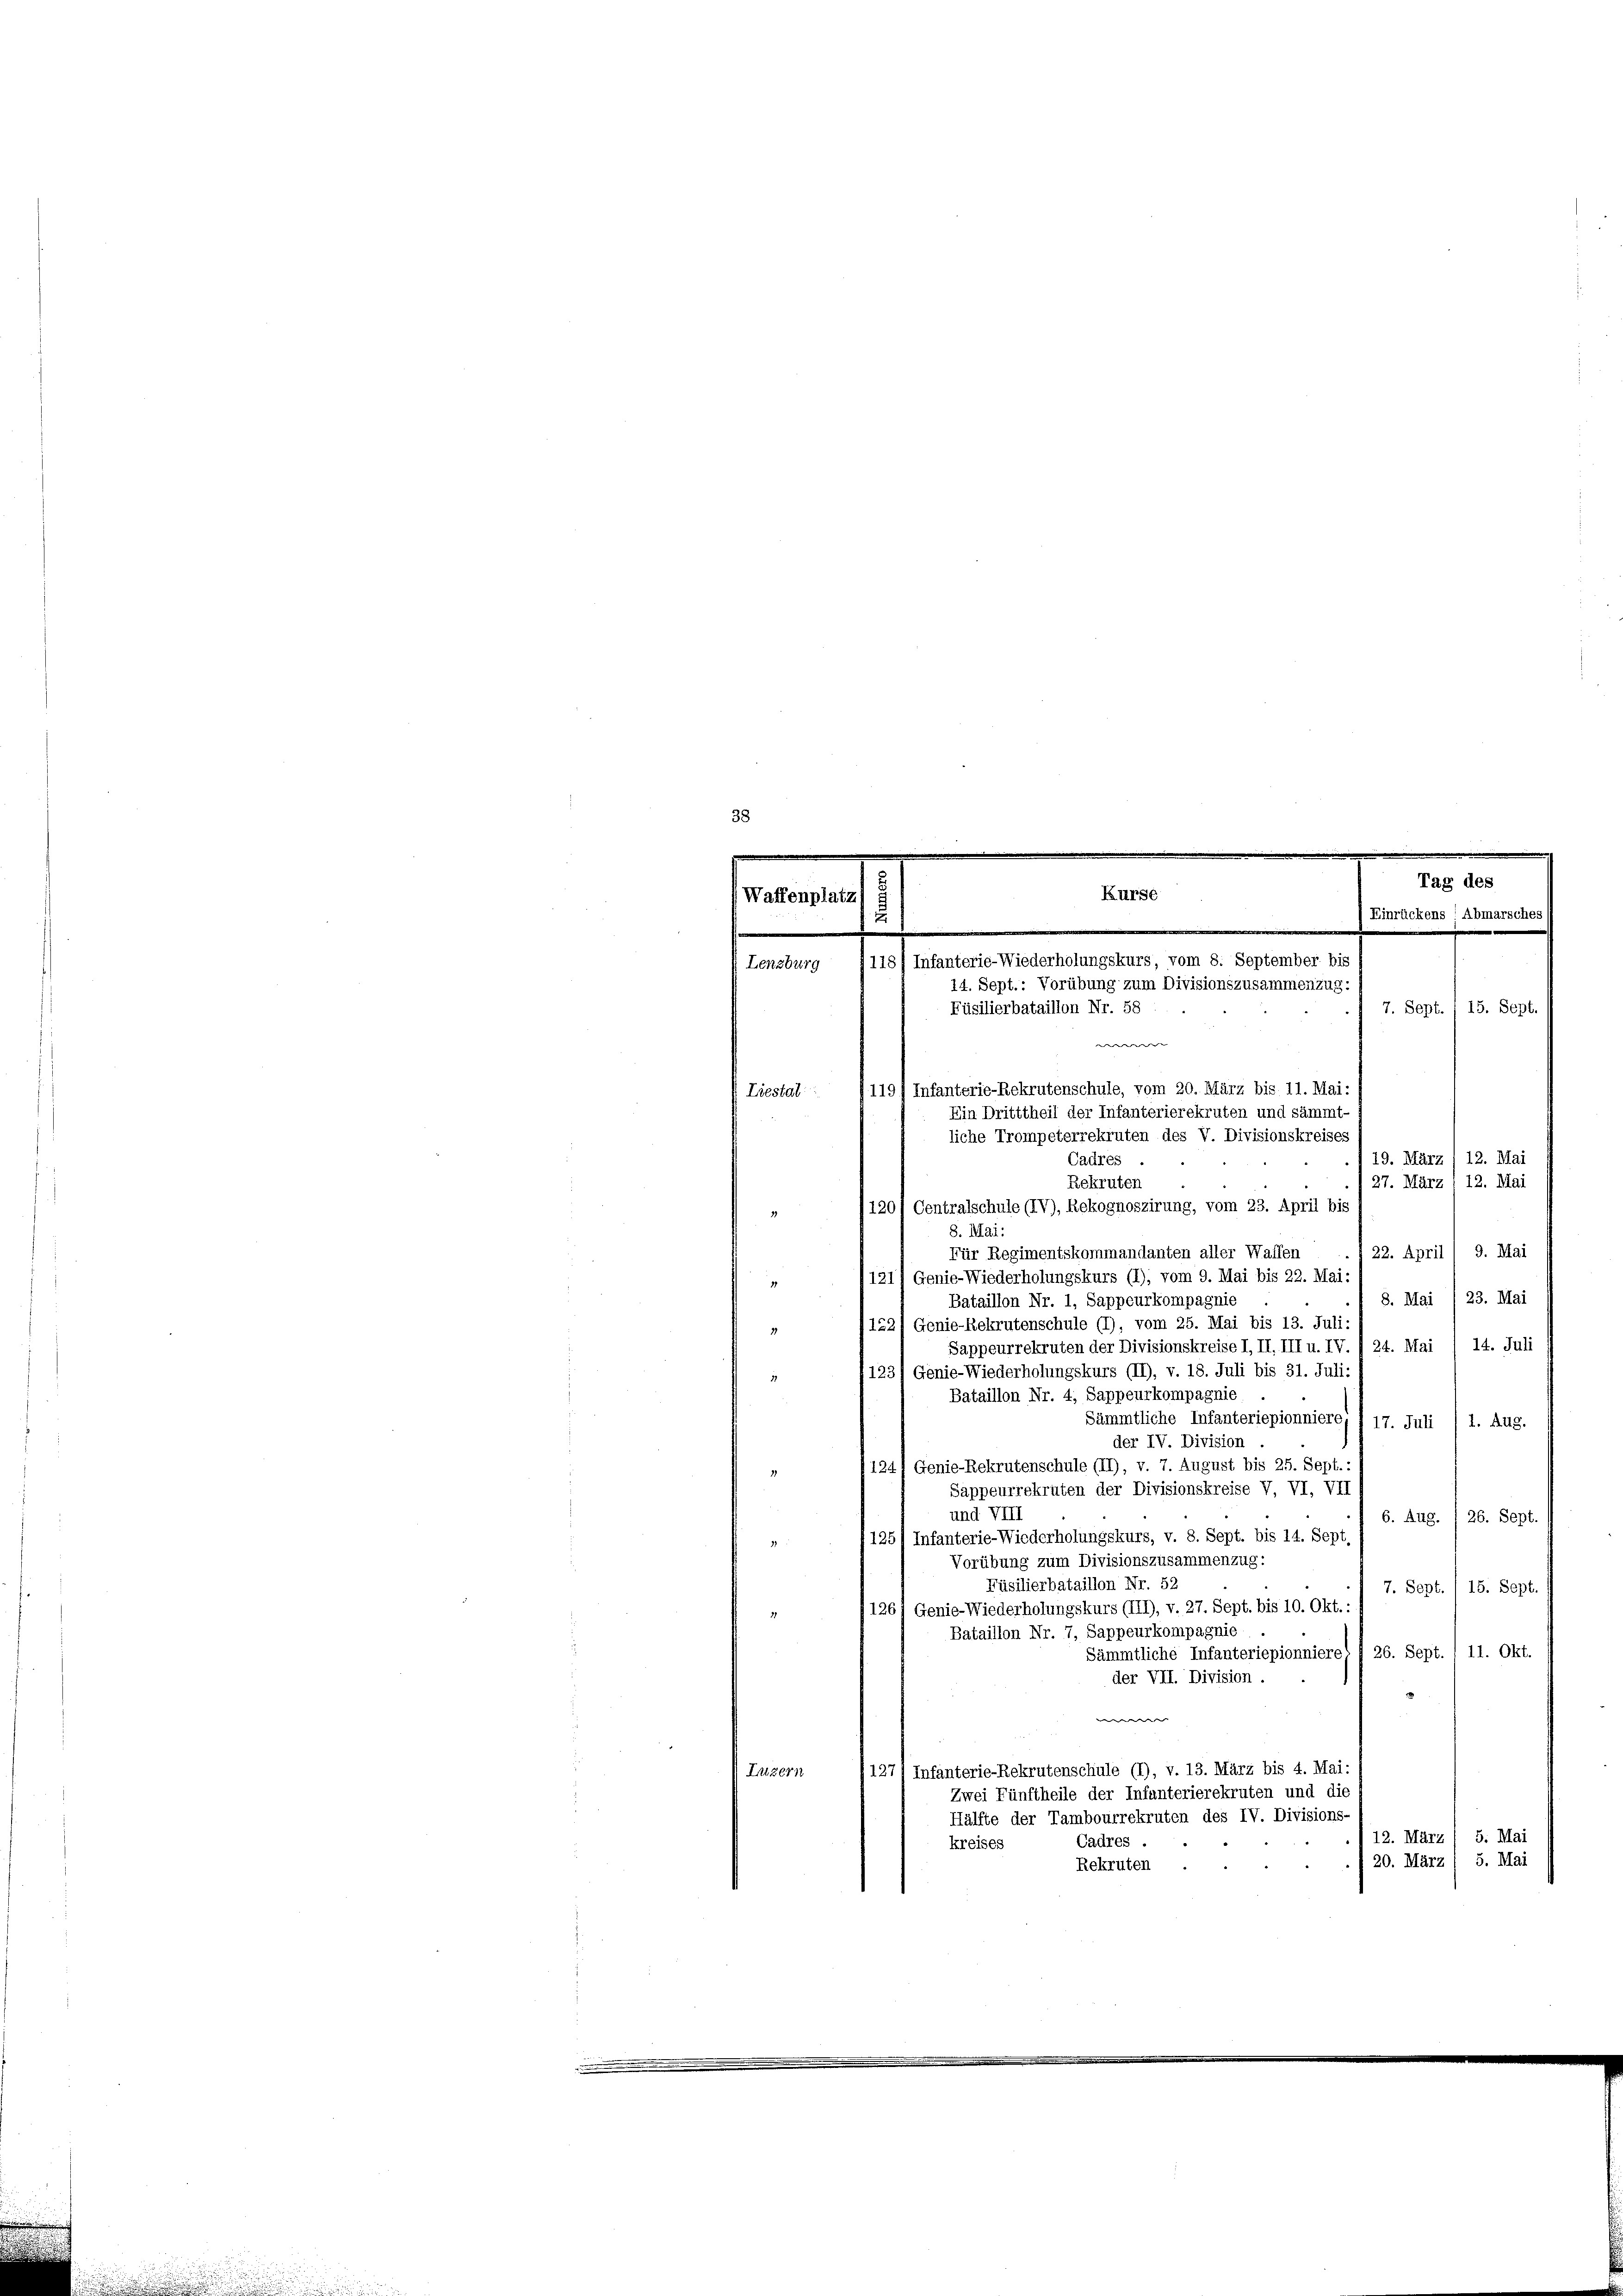
Lenzburg (118
Liestal

Waffenplatz

t
Tag des
Kurse
Einrückens! Abmarschei
u
e
Infanterie-Wiederholungskurs, vom 8. September bis
14. Sept.: Vorübung zum Divisionszusammenzug:
Füsilierbataillon Nr. 58
7. Sept. / 15. Sept

we- |
19. März /12. Mai
Rekruten
27. März : 12. Mai
120/ Centralschule (IV), Rekognoszirung, vom 23. April bis
8. Mai:
22. April ( 9. Mai
Für Regimentskommandanten aller Waffen
121) Genie-Wiederholungskurs (1); vom 9. Mai bis 22. Mai:
8. Mai 1 23. Mai
Bataillon Nr. 1, Sappeurkompagnie
152) Genie-Rekrutenschule (1), vom 25. Mai bis 13. Juli
37
Sappeurrekruten der Divisionskreise I, II, III u. IV. / 24. Mai / 14. Juli
1231 Genie-Wiederholungskurs (II), v. 18. Juli bis 31. Juli:
.
Bataillon Nr. 4, Sappeurkompagnie
Sämmtliche Infanteriepionniere, § 17. Juli /1. Aug.
der IV. Division
1241 Genie-Rekrutenschule (II), v. 7. August bis 25. Sept.)
Sappeurrekruten der Divisionskreise V, VI, VII
und VIII
6. Aug. I 26. Sept.
1251 Infanterie-Wiederholungskurs, v. 8. Sept. bis 14. Sept

Vorübung zum Divisionszusammenzug:
Füsilierbataillon Nr. 52
7. Sept. / 15. Sept.
126) Genie-Wiederholungskurs (III), v. 27. Sept. bis 10. Okt.
31
Bataillon Nr. 7, Sappeurkompagnie
Sämmtliche Infanteriepionniere) I 26. Sept. 1 11. Okt.
der VII. Division.
e
127/ Infanterie-Rekrutenschule (1), v. 13. März bis 4. Mai:
Luzern
Zwei Fünftheile der Infanterierekruten und die
Hälfte der Tambourrekruten des IV. Divisions-
12. März / 5. Mai
Cadres
kreises
5. Mai
20. März
Rekruten

119) Infanterie-Rekrutenschule, vom 20. März bis 11. Mai:
Ein Dritttheil der Infanterierekruten und sämmt-
liche Trompeterrekruten des V. Divisionskreises
Cadres